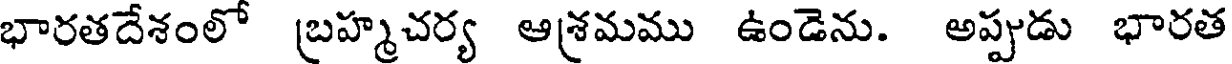
భారతదేశంలో బ్రహ్మచర్య ఆశ్రమము ఉండెను. అప్పుడు భారత